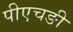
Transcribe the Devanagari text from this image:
पीएचङी